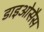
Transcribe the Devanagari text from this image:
डाइओसैस